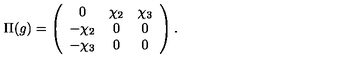
\Pi ( g ) = \left( \begin{array} { c c c } { 0 } & { \chi _ { 2 } } & { \chi _ { 3 } } \\ { - \chi _ { 2 } } & { 0 } & { 0 } \\ { - \chi _ { 3 } } & { 0 } & { 0 } \\ \end{array} \right) .